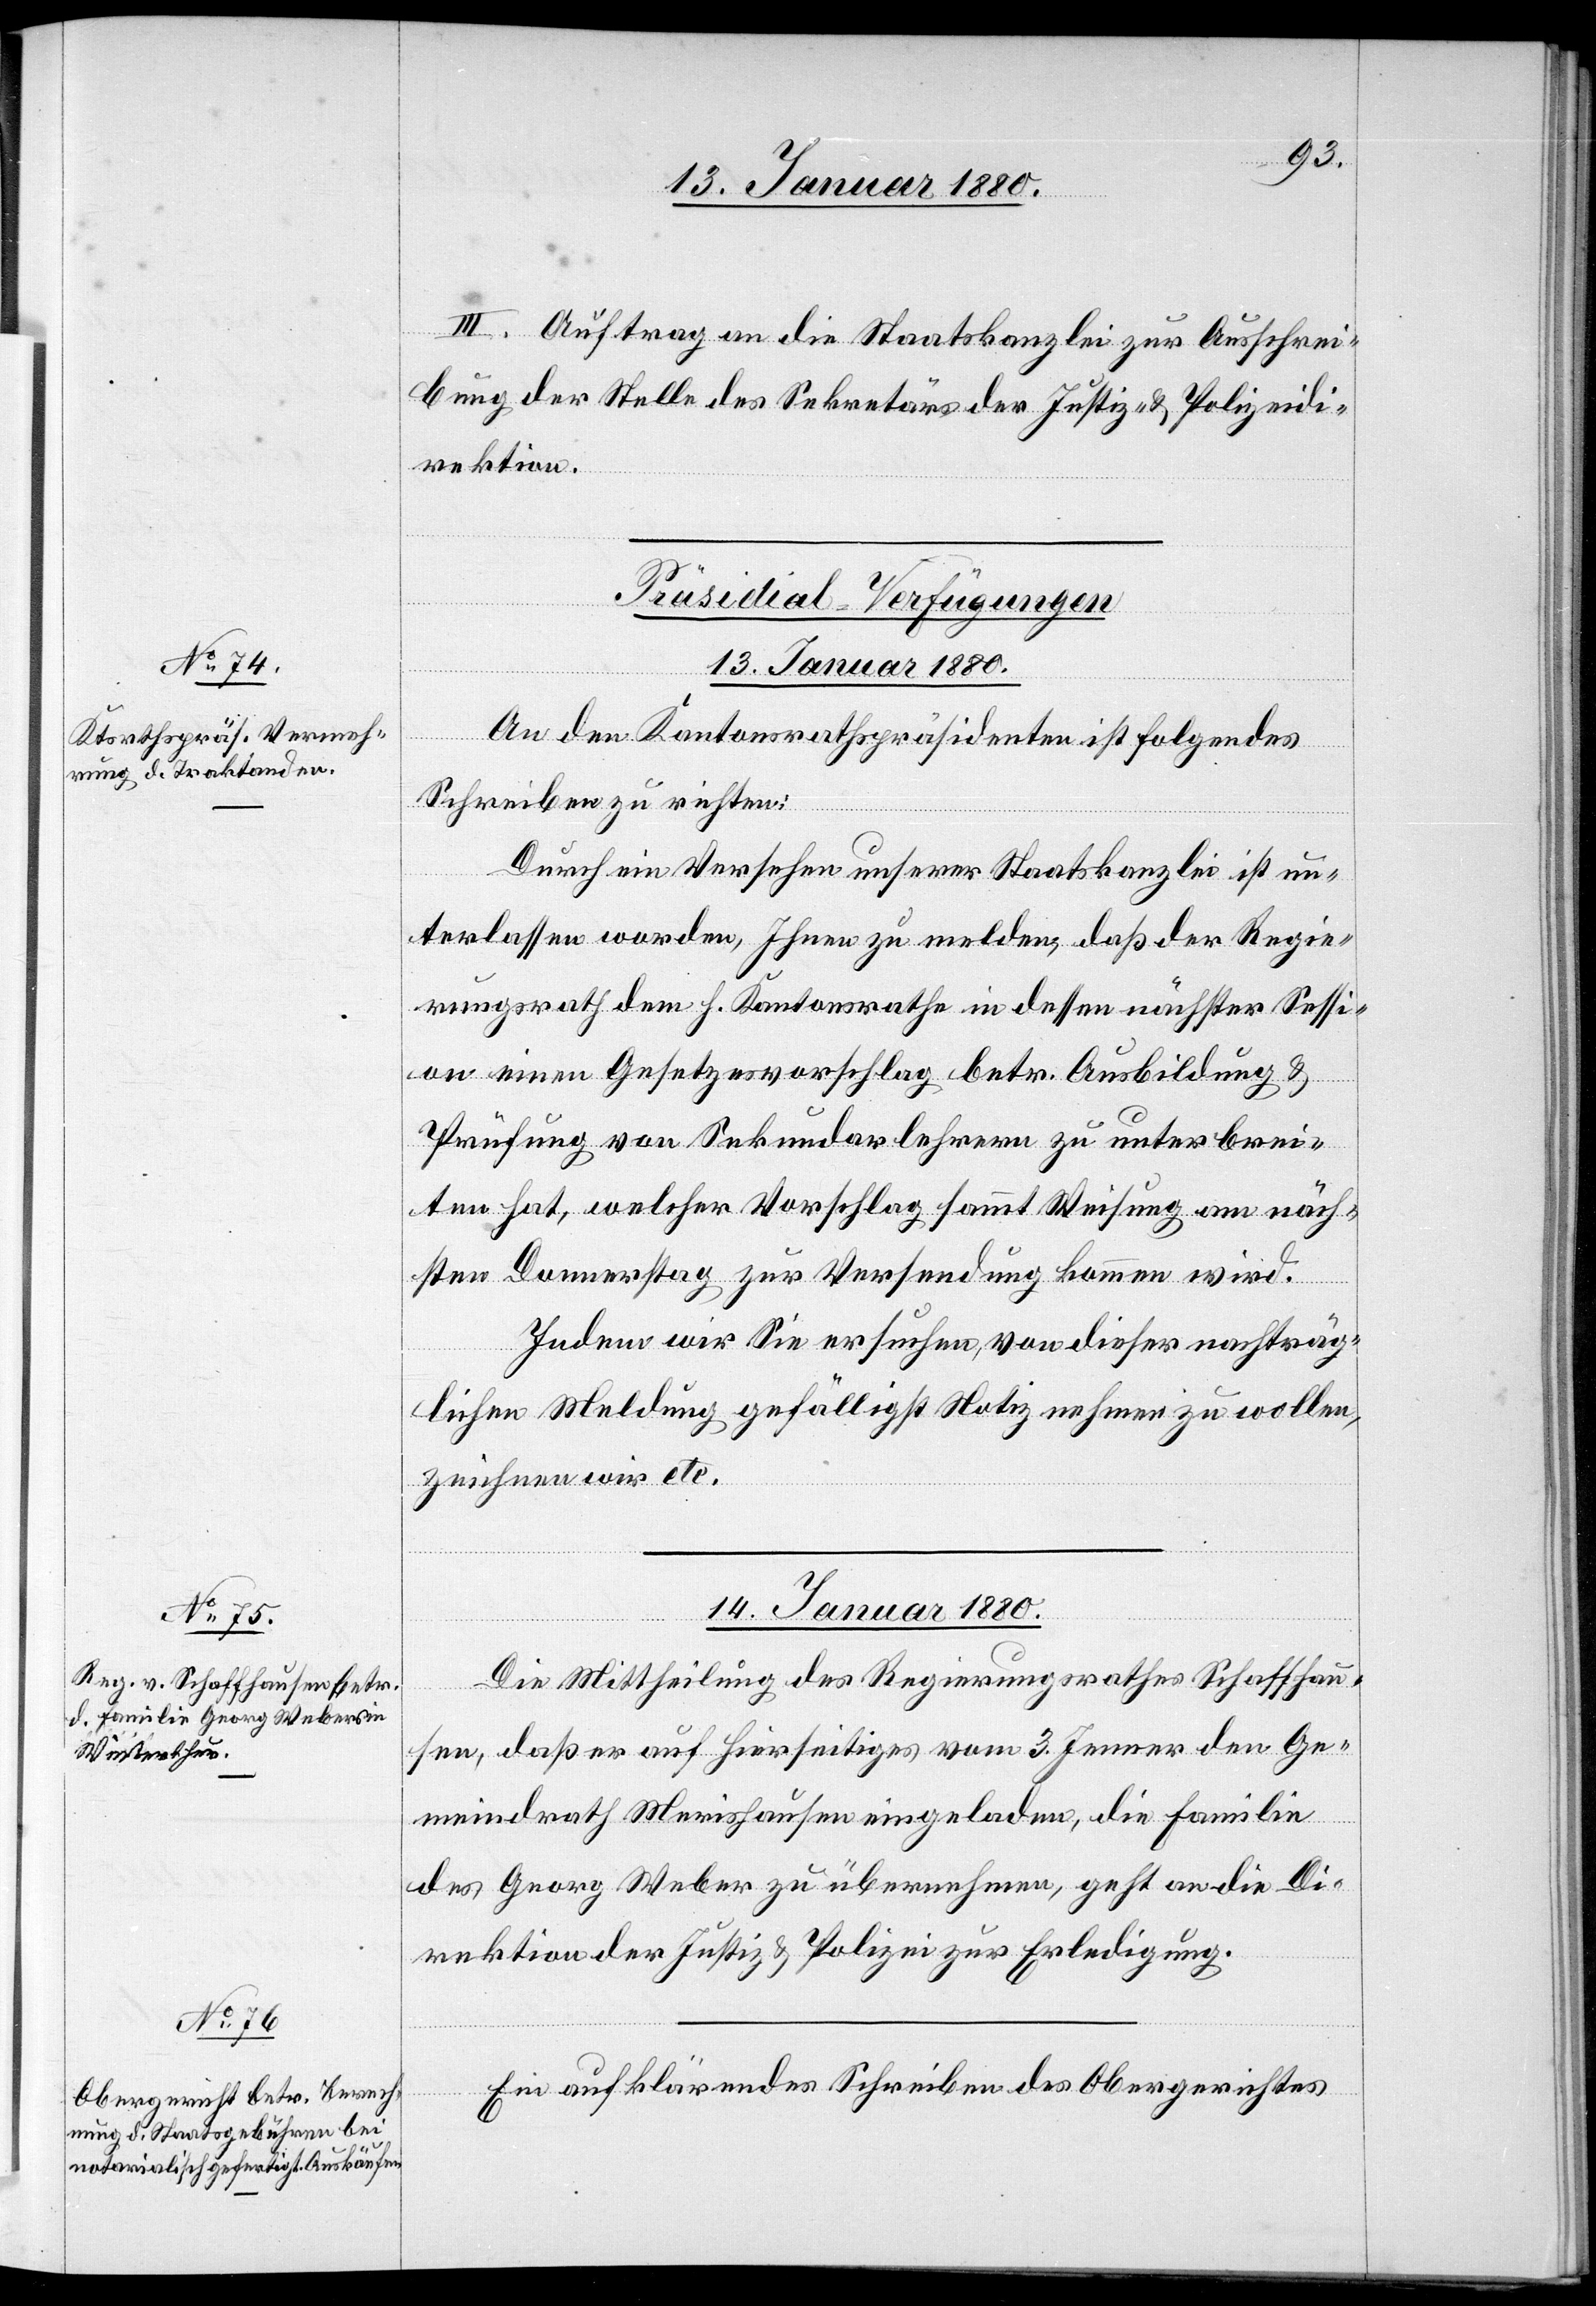
III. Auftrag an die Staatskanzlei zur Ausschrei¬
bung der Stelle des Sekretärs der Justiz- & Polizeidi¬
rektion.
[Präsidial-Verfügungen
13. Januar 1880.
An den Kantonsrathspräsidenten ist folgendes
Schreiben zu richten:
Durch ein Versehen unserer Staatskanzlei ist un¬
terlassen worden, Ihnen zu melden, daßder Regie¬
rungsrath dem h. Kantonsrathe in dessen nächster Sessi¬
on einen Gesetzesentwurf betr. Ausbildung &
Prüfung von Sekundarlehrern zu unterbrei¬
ten hat, welcher Vorschlag sammt Weisung am näch¬
sten Donnerstag zur Versendung kommen wird.
Indem wir Sie ersuchen, von dieser nachträg¬
lichen Meldung gefälligst Notiz nehmen zu wollen,
zeichnen wir etc.
14. Januar 1880.]
Die Mittheilung des Regierungsrathes Schaffhau¬
sen, daß er auf hierseitiges vom 3. Jenner den Ge¬
meindrath Merishausen eingeladen, die Familie
des Georg Weber zu übernehmen, geht an die Di¬
rektion der Justiz & Polizei zur Erledigung.
Ein aufklärendes Schreiben des Obergerichtes